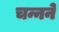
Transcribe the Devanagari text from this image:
चन्नने